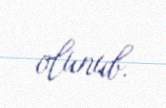
olunub.